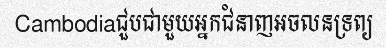
Cambodiaជួបជាមួយអ្នកជំនាញអចលនទ្រព្យ